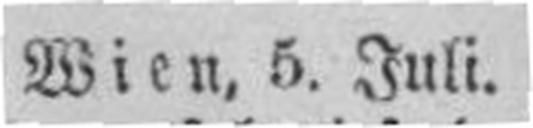
Wien, 5. Juli.